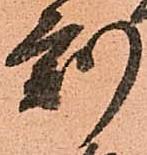
刻